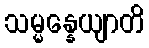
သမ္မန္နေယျာတိ